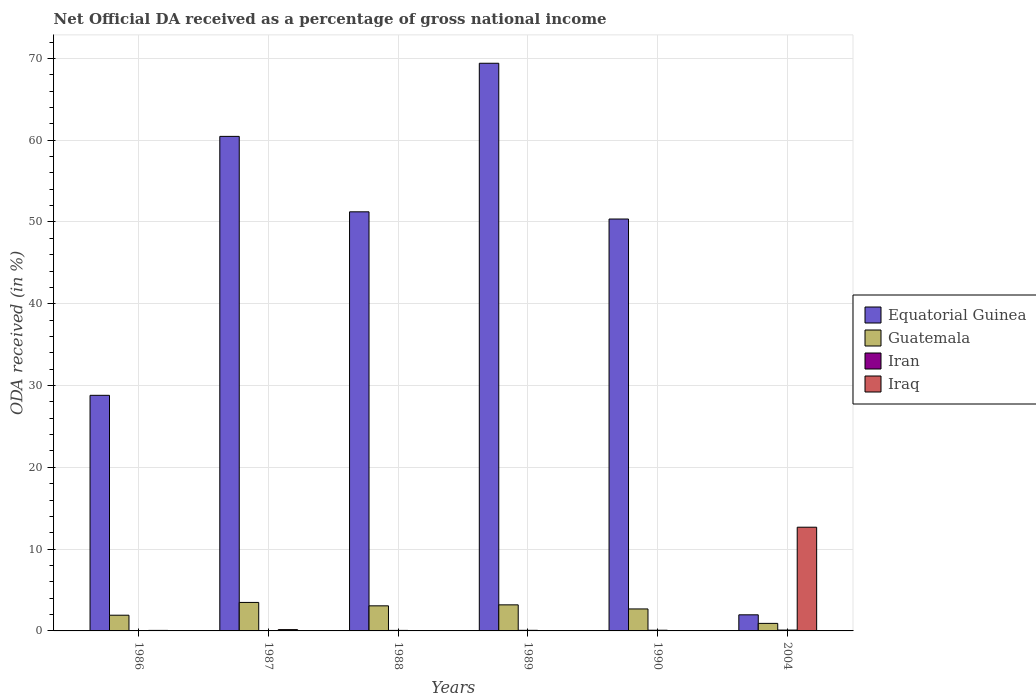
| Years | Equatorial Guinea | Guatemala | Iran | Iraq |
 | --- | --- | --- | --- | --- |
 | 1986 | 28.8 | 1.92 | 0.0123 | 0.063 |
 | 1987 | 60.5 | 3.48 | 0.0514 | 0.159 |
 | 1988 | 51.2 | 3.07 | 0.0648 | 0.0108 |
 | 1989 | 69.4 | 3.19 | 0.0741 | 0.0171 |
 | 1990 | 50.4 | 2.69 | 0.085 | 0.0356 |
 | 2004 | 1.97 | 0.922 | 0.104 | 12.7 |